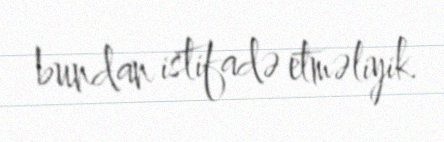
bundan istifadə etməliyik.